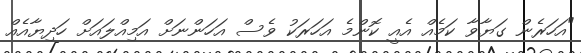
"އަހަރެން ގަޔާވާ ކަމެއް އެއީ ކޮންމެ އަހަރަކު ވެސް އަހަންނަށް އަމިއްލައަށް ހަދިޔާއެއް